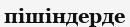
пішіндерде